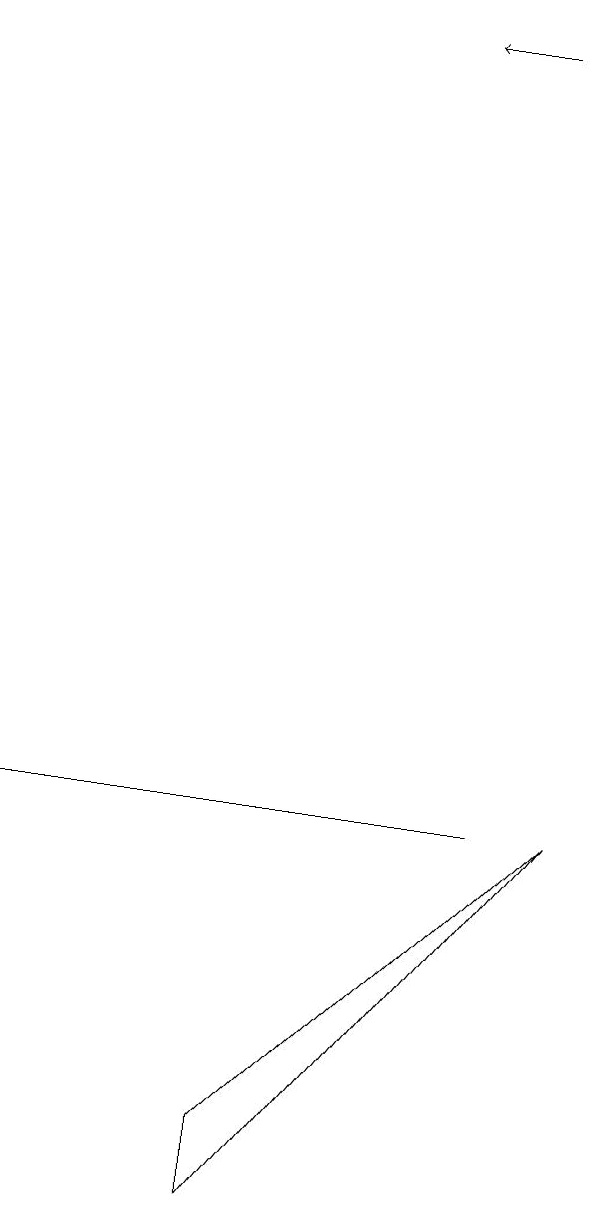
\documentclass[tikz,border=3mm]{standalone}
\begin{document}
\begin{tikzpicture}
\draw (5,1) -- (9,5) -- (5,0) -- cycle;
\draw[->] (8,15) -- (7,15);
\draw (3,5) -- (8,5) -- (2,5) -- cycle;
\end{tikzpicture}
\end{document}